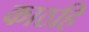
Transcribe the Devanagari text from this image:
काठहि